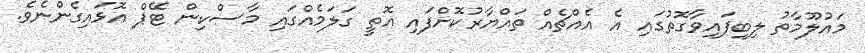
މައުލޫމާތު ލިބިފައިވާގޮތުގައި އެ އެއްޗެއް ތައްޔާރުކޮށްފައި އޮތީ ގަލަމެއްގައި މާސްކިން ޓޭޕް އޮޅައިގެންނެވެ.